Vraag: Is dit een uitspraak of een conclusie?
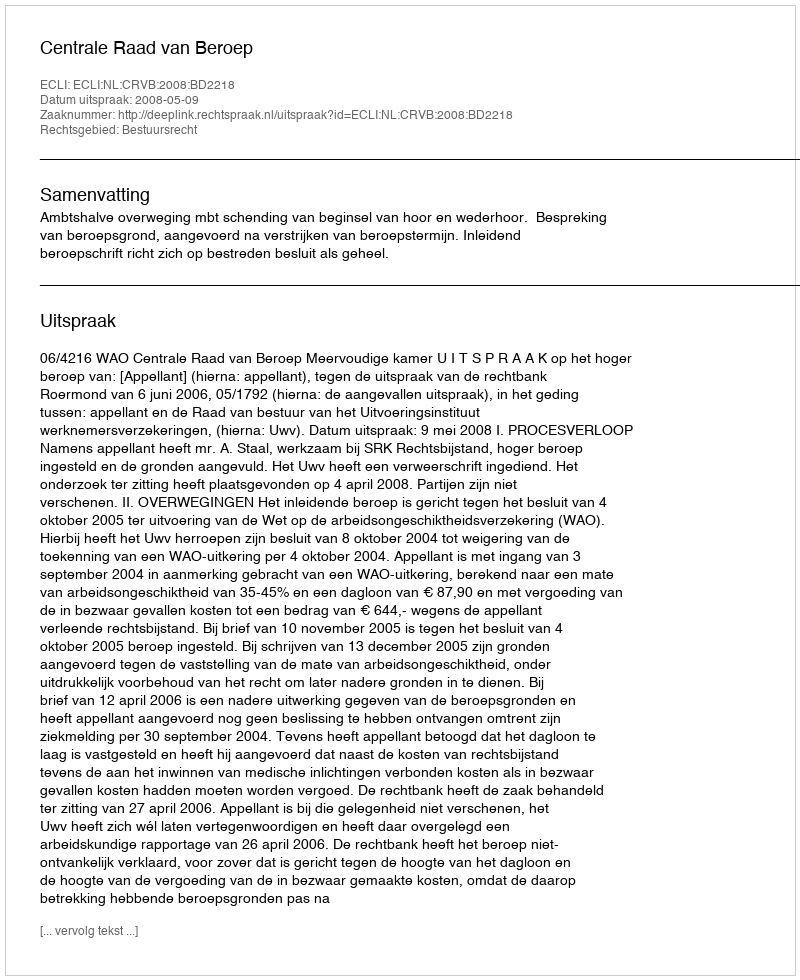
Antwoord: Uitspraak